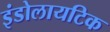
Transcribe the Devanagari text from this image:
इंडोलायटिक